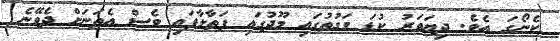
ކެނޯގަ އެވެ. ދިޔަވަރު ކުޑަ ވަގުތުގައި މޫދުގައި ފަތާލާފައި ވެސް އެތަނަށް ދެވޭނެ